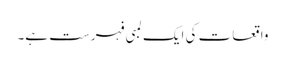
واقعات کی ایک لمبی فہرست ہے۔